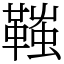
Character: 䩶